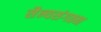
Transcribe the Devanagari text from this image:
सैन्यसंगठन